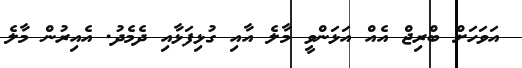
އަވަަހަށް ބްރިޖް އެއް އަޅަންވީ މާލެ އާއި ގުޅިފަޅާއި ދެމެދު. އެއިރުން މާލެ